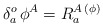
\begin{align*}\delta^o_a\,\phi^A = R^{A\, ( \phi )}_a\end{align*}